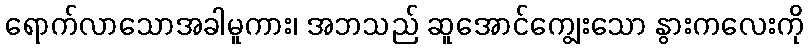
ရောက်လာသောအခါမူကား၊ အဘသည် ဆူအောင်ကျွေးသော နွားကလေးကို